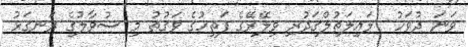
ވަނަ ދުވަހު  ލައިލަތުލްޤަދުރި ވިލޭރޭގެ ފަތިހުގެ ވަގުތު މި ސުވާލުގެ ރަނގަޅު